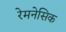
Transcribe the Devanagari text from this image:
रेमनेसिक